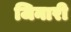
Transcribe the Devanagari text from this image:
जिनारी